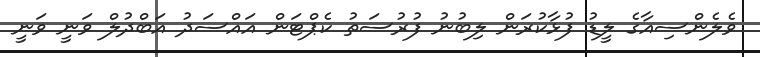
ވެލެންސިއާގެ ލީޑު ފުޅާކުރަން ލިބުނު ފުރުސަތު ކެޕްޓަން އައްސަދު އަބްދުލް ވަނީ ވަނީ